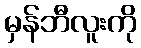
မှန်ဘီလူးကို